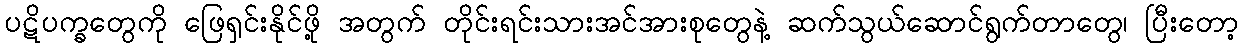
ပဋိပက္ခတွေကို ဖြေရှင်းနိုင်ဖို့ အတွက် တိုင်းရင်းသားအင်အားစုတွေနဲ့ ဆက်သွယ်ဆောင်ရွက်တာတွေ၊ ပြီးတော့